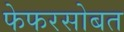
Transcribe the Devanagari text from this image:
फेफरसोबत